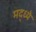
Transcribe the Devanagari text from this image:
मद्ध्ये